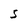
Character: S